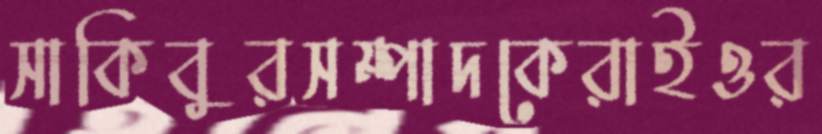
সাকিবুরসম্পাদকেরাইওর